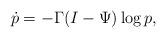
LaTeX: \begin{align*} \dot{p}=-\Gamma(I-\Psi)\log{p},\end{align*}